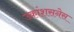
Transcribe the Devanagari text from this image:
उकांशसनेस